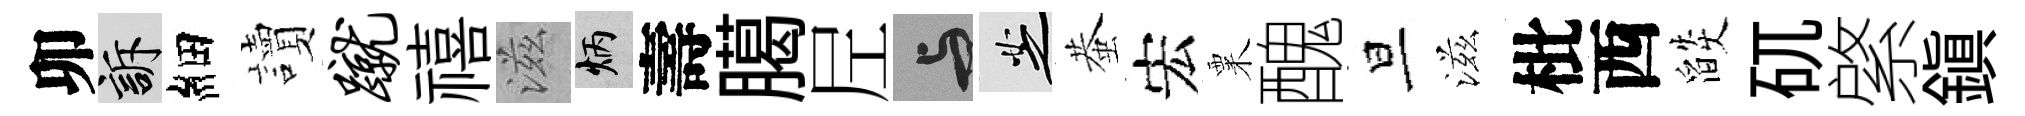
卯訴細讀蹴禧滋炳壽臈𡰱与芝蛬宏粟醜旦滋枇西燄矹綮鎮